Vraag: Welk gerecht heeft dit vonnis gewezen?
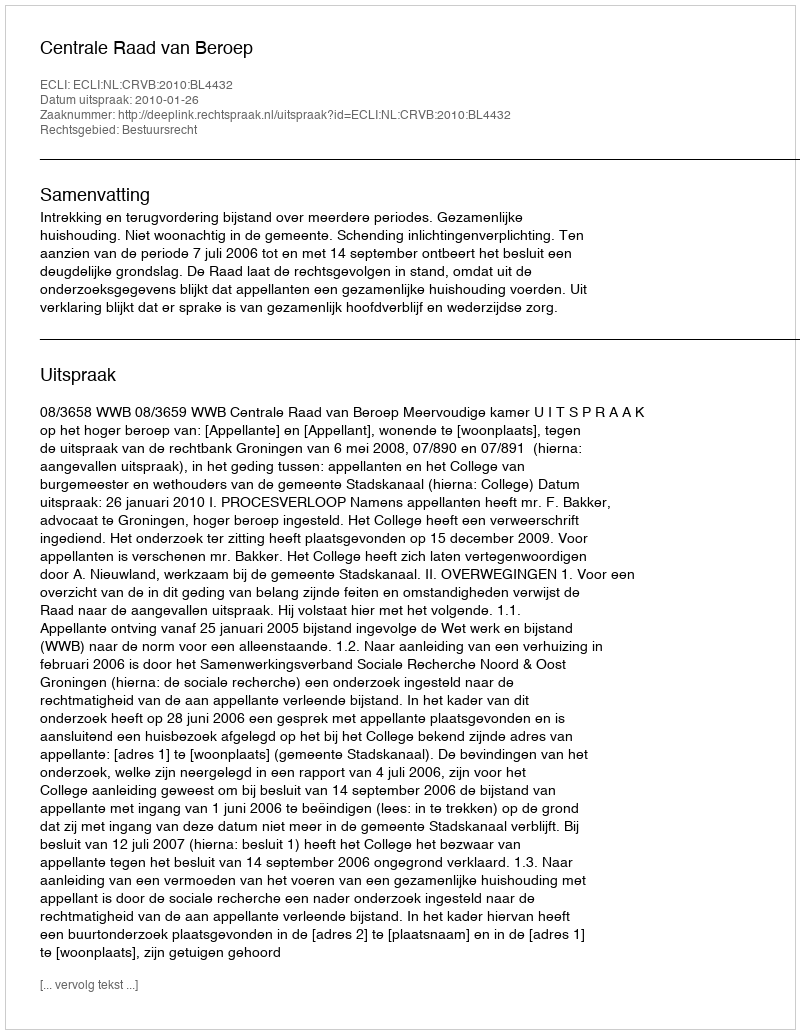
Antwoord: Centrale Raad van Beroep